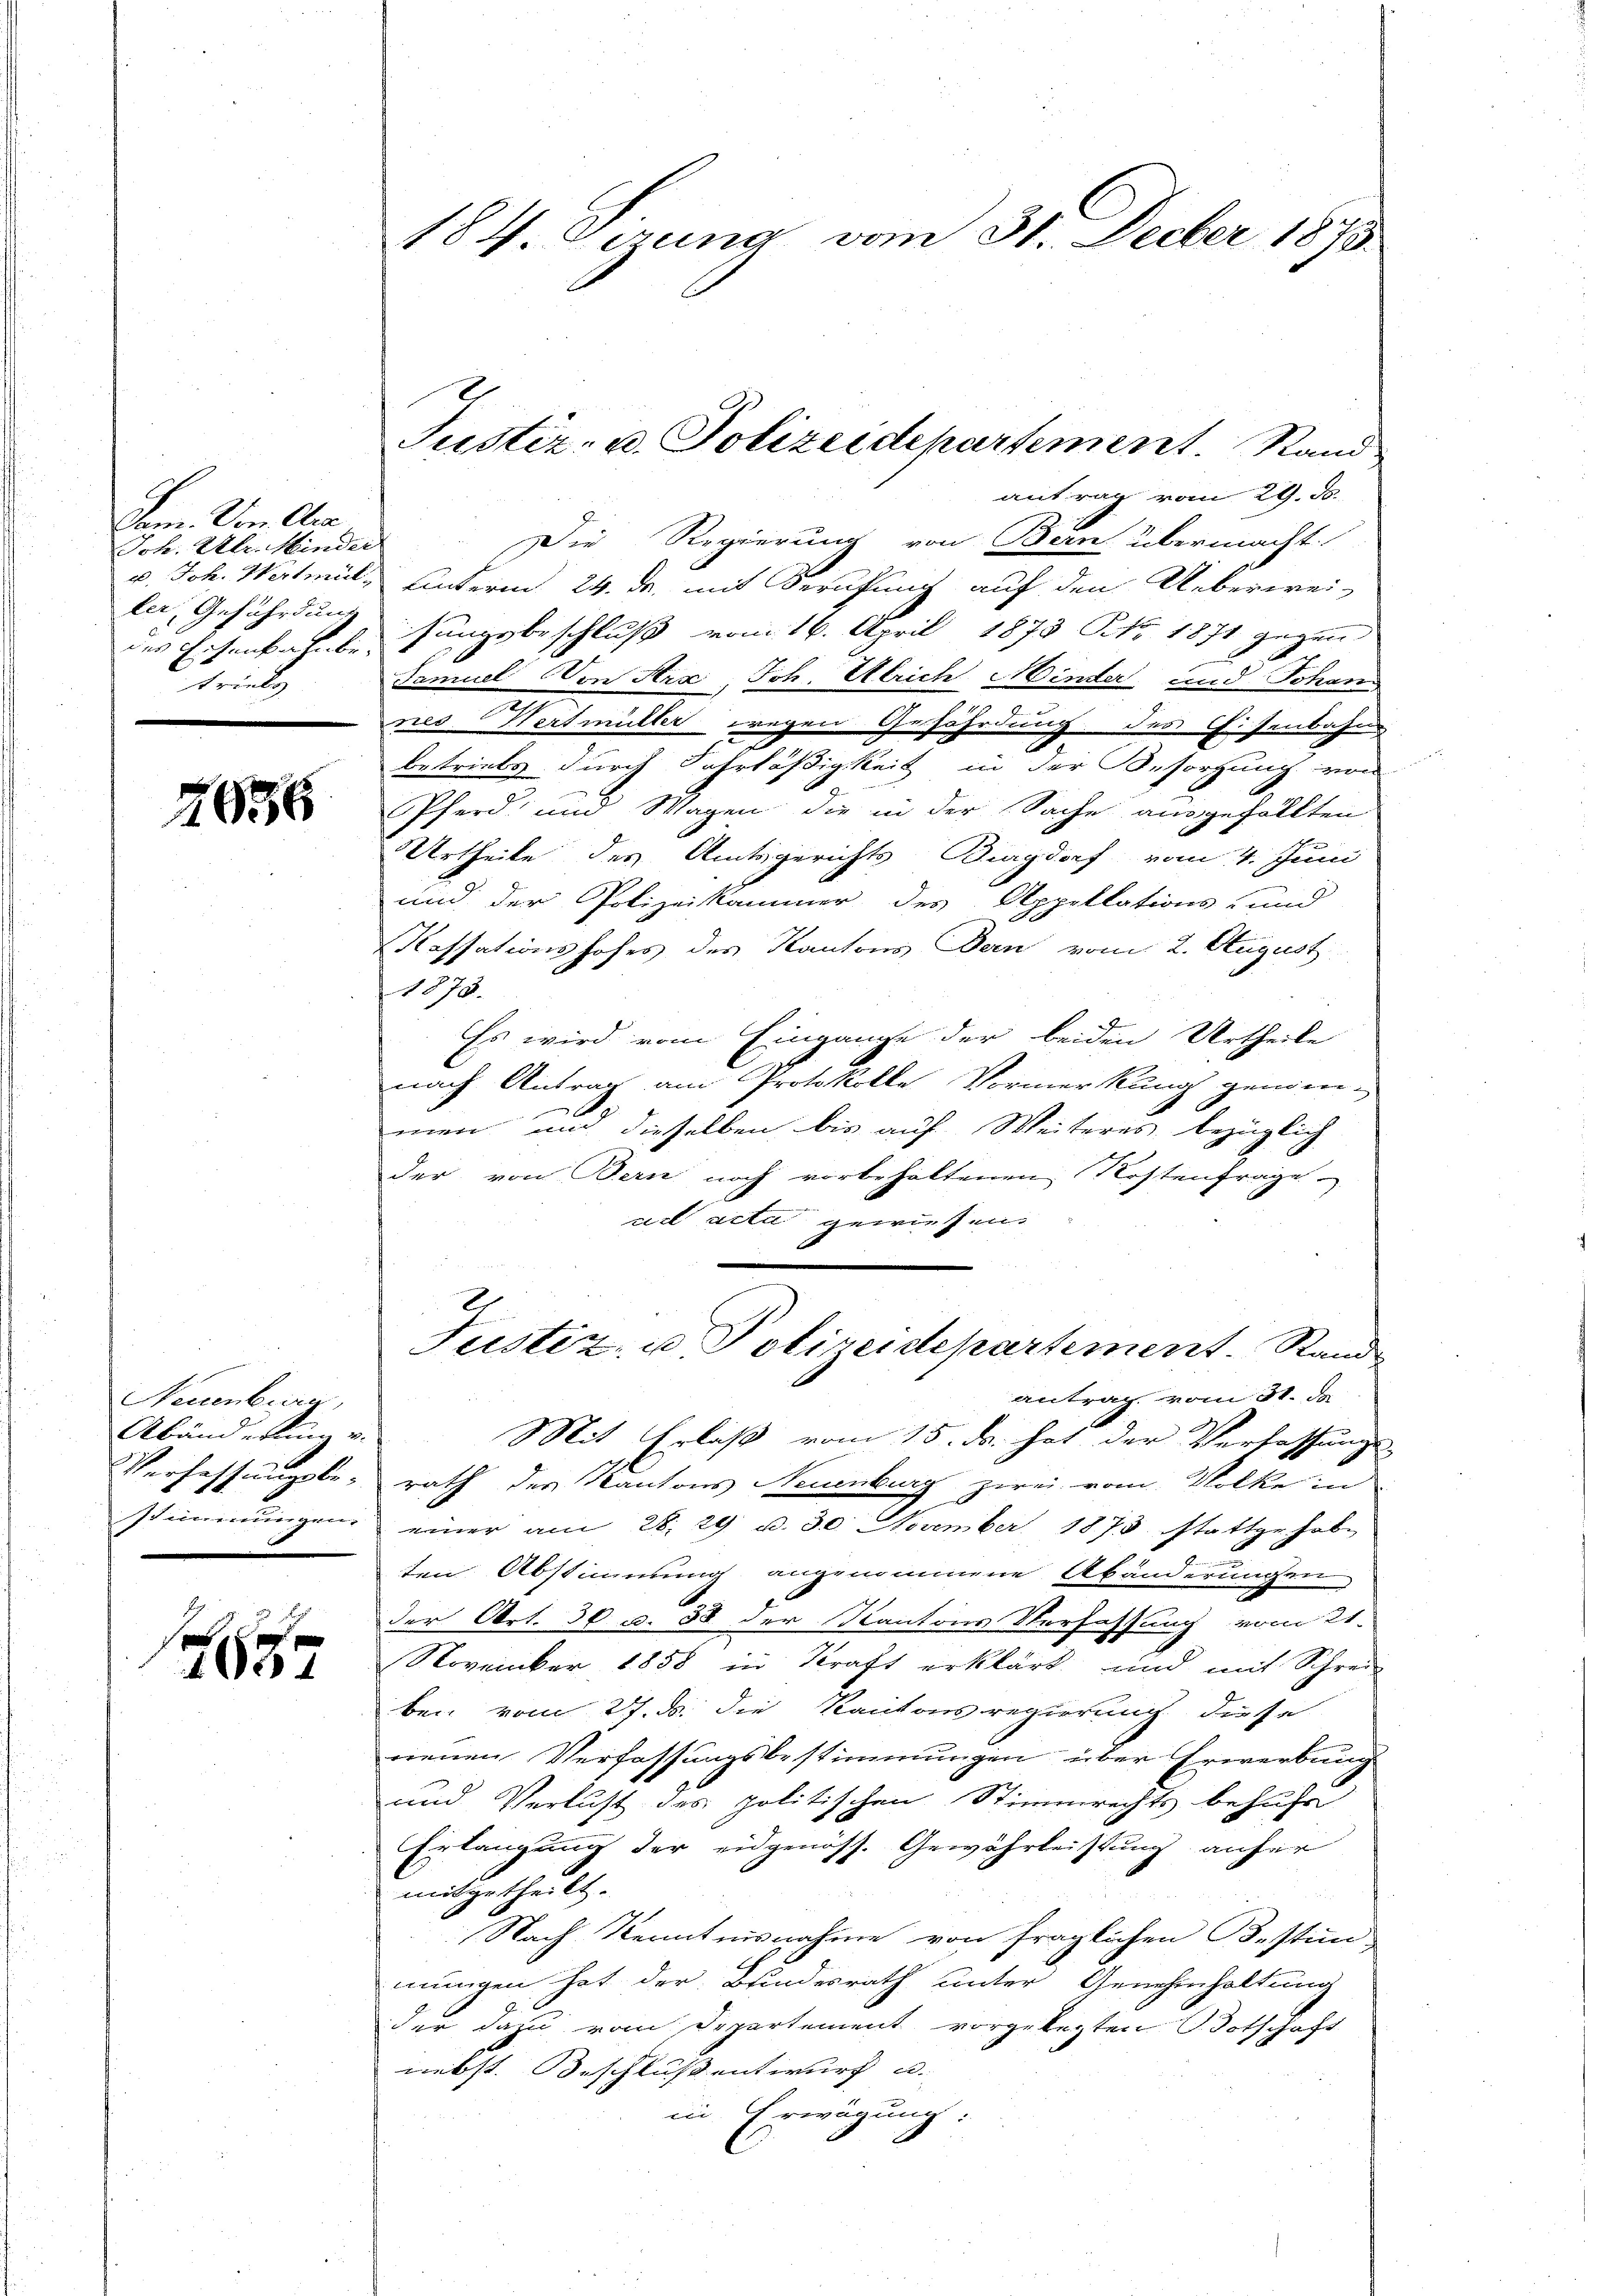
Sam. Von Cra
Joh. Al. Minder
ler, Gefährdung
des Ersank u. be-
tricke

2656

Neuenburg,
Abänderum v.
Verfassungsbe-
stimmungen.
e

3

184. Gerung vom 31. Decber 1875

antrag vom 29. d.
Die Regierung von Bern übermacht
v. Joh. Wertmil, unterm 24. ds. mit Berufung auf den Ueberwei-
sungsbeschluss vom 16. April 1873 NNo. 1871 gegen
Samuel Von Stra, Joh. Ulrich Minder und Johan
nes Wertmüller wegen Gefährdung des Eisenbahn
betriels durch Fahrläßigkeit in der Besorgung von
Pferd und Wagen die in der Sache ausgefällten
Urtheile des Amtsgerichts Burgdorf vom 4. Juni
und der Polizeikammer des Appellations- und
Kassationshofes des Kantons Dein vom 2. August
1878.
Es wird vom Eingange der beiden Urtheile
nach Antrag am Protokolle Vormerkung geninmen und dieselben bis auf Weiteres bezüglich
der von Bern noch vorbehaltenen Kostenfrage
ue acta gewiesen.
Justiz- u. Polizeidepartement. Stand
antrag vom 31. da
Mit Erlaß vom 15. ds. hat der Verfassungs-
rath der Kantons Neuenburg zwei vom Volke in
einer am 28. 29. d. 30. November 1875. Statte habe
ten Abstimmung angenommene Abänderungen
der Art. 36 c. 38 der Kantons Verfassung vom 21.
November 1858 in Kraft erklärt und mit Schrei
bei vom 27. ds. die Kantonsregierung diese
neuen Verfassungsbestimmungen über Erwerbung
und Verlust des politischen Stimmrechts behufe
Erlangung der eidgenöss. Gewährleistung anfer
mitgetheilt.
Nach Kenntnisnahme von fraglichen Bestim
G
mungen hat der Bundesrath unter Genehmhaltung
der dazu vom Departement vorgelegten Botschaft
nebst. Beschluß entwurf u.
in Erwägung:

Justiz- u. Polizeidepartement. Stand